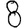
Digit: 8